Scottish Leaving Certificate Examination, 1956
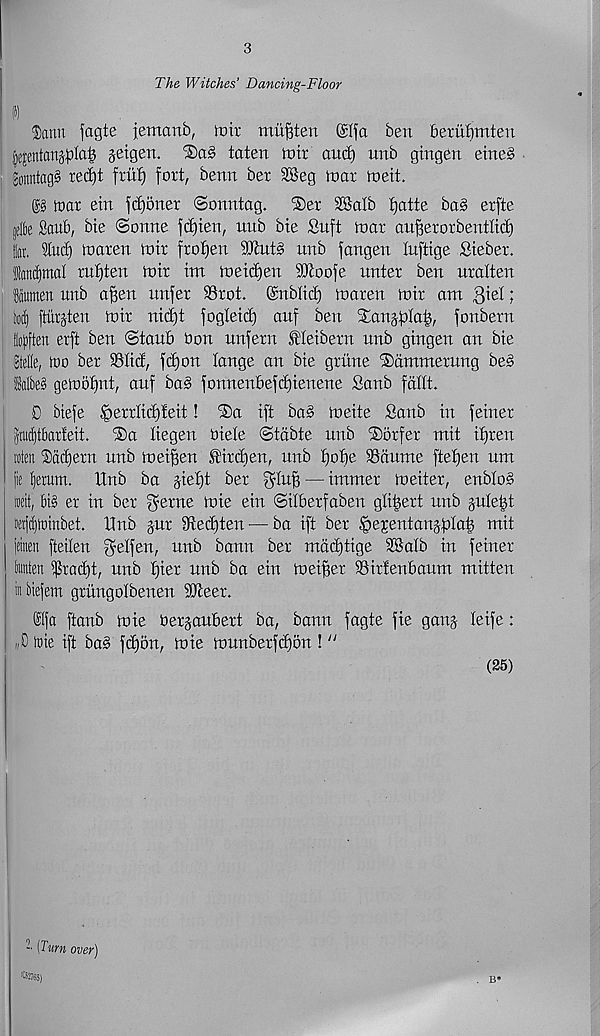
3
The Witches’ Dancing-Floor
w
$ann fagte jemanb, it)it rnii^ten @Ifa ben berubmten
§e|etitan^Ia| jetgen. ’SaS taten tnir and) unb gtngen etne§
SonntagS ret^t fritf) fort, benn ber 2Beg mar meii
toar ein fdioner ©onntag.
®er SBalb fjatte ba§ erfte
jelte Saub, bte ©onne fd)ien, unb bte Suft mar aufferorbentlid)
It. lud) maren mtr frozen 5!Jtut§ unb fangen luftige Steber.
Iattd)mal ru^ten mir tm metdjen SJtoofe nnter ben nralten
iumen unb a|en unfer SSrot. ©nbtid) maren mir am ^iel;
W) ftiirjten mtr nidjt fogteid) anf ben %an0la^r fonbern
Bojjften erft ben ©taub Oon unfern Eletbern nnb gtngen an bte
gtelle, loo ber 93tid, fd)on lange an bte gritne Dammerung be§
Wbe§ geioofint, anf ba§ fonnen6efd)tenene Sctnb fdllt.
D btefe ^errlid)leit! ®a ift ba§ meite Sanb in feiner
frudjtbarfeit. S)a Kegen oieie ©tdbte unb ®orfer mit ifjren
toten Saclfern unb mei|en ^irdien, nub tjotfe SSciume ftefjen um
jie l)erum. Xtnb ba sietjt ber gluf? — immer meiter, enbto§
loeit, bi§ er in ber $erne mie eitt ©ilberfaben gti^ert unb plefd
tejc()iDittbet. Unb jur 9ted)ten — ba ift ber ^ejentangpla^ mit
jeinen fteilen f^etfen, nnb bann ber mdd)tige SBalb in feiner
tanten $rad)t, unb fjier unb ba ein mei^er Sirtenbaum mitten
in btejem gritngolbenen SQteer.
®Ifa ftanb mie Oerjaubert ba, bann fagte fie gang teife:
«D lie ift ba§ fd)5n, mie munberfdjon ! y/
(25)
(Turn over)
' C52765)
B*